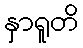
နှာရူတိ